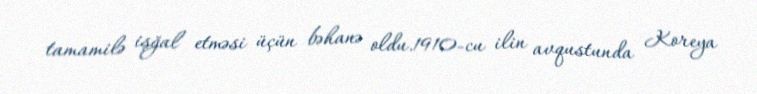
tamamilə işğal etməsi üçün bəhanə oldu.1910-cu ilin avqustunda Koreya